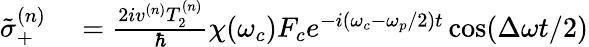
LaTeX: \begin{array}{rl}{\tilde{\sigma}_{+}^{(n)}}&{{}=\frac{2iv^{(n)}T_{2}^{(n)}}{\hbar}\chi(\omega_{c})F_{c}e^{-i(\omega_{c}-\omega_{p}/2)t}\cos(\Delta\omega t/2)}\end{array}